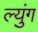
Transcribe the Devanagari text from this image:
ल्युंग